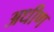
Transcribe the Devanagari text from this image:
अधीण